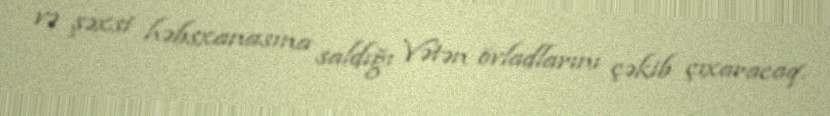
və şəxsi həbsxanasına saldığı Vətən övladlarını çəkib çıxaracaq.